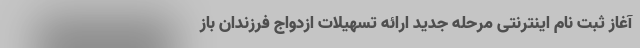
آغاز ثبت نام اینترنتی مرحله جدید ارائه تسهیلات ازدواج فرزندان باز